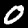
Label: 0